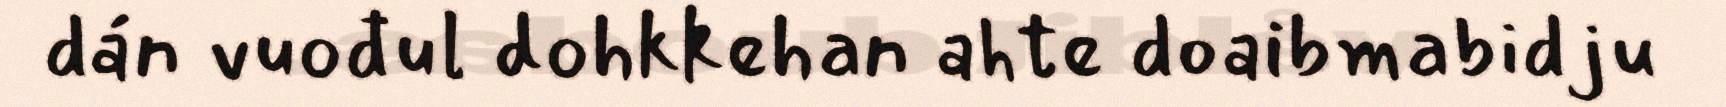
dán vuođul dohkkehan ahte doaibmabidju